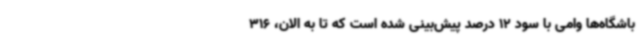
باشگاه‌ها وامی با سود 12 درصد پیش‌بینی شده است که تا به الان، 316